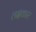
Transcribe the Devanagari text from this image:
लक्षकार